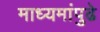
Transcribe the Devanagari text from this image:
माध्यमांपुढे